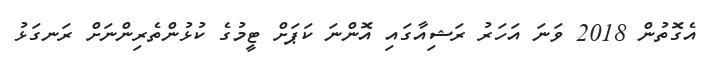
އެގޮތުން 2018 ވަނަ އަހަރު ރަޝިއާގައި އޮންނަ ކަޕަށް ޓީމުގެ ކުޅުންތެރިންނަށް ރަނގަޅު